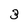
Character: 3